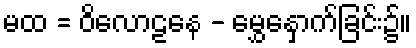
မထ = ဝိလောဠနေ - မွှေနှောက်ခြင်း၌။